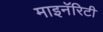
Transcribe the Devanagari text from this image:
माइनॅरिटी